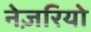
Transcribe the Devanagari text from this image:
नेज़रियो